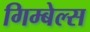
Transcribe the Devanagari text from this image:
गिम्बेल्स